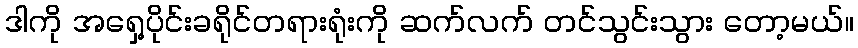
ဒါကို အရှေ့ပိုင်းခရိုင်တရားရုံးကို ဆက်လက် တင်သွင်းသွား တော့မယ်။